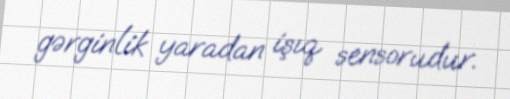
gərginlik yaradan işıq sensorudur.